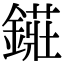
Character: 𨫲